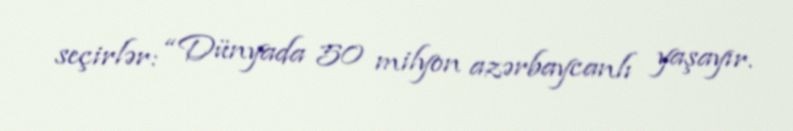
seçirlər: “Dünyada 50 milyon azərbaycanlı yaşayır.